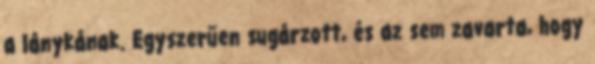
a lánykának. Egyszerűen sugárzott, és az sem zavarta, hogy